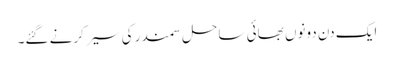
ایک دن دونوں بھائی ساحل سمندر کی سیر کرنے گئے۔